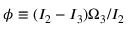
\phi \equiv ( I _ { 2 } - I _ { 3 } ) \Omega _ { 3 } / I _ { 2 }